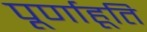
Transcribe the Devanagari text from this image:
पूर्णाहूति